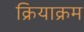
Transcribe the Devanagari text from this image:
क्रियाक्रम